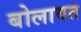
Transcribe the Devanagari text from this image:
बोलावत